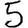
Digit: 5